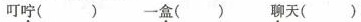
叮咛（）一盒（）聊天（）